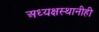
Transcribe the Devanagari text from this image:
अध्यक्षस्थानीही